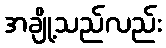
အချို့သည်လည်း